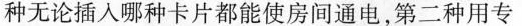
种无论插入哪种卡片都能使房间通电，第二种用专